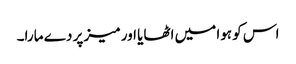
اس کو ہوا میں اٹھایا اور میز پر دے مارا۔